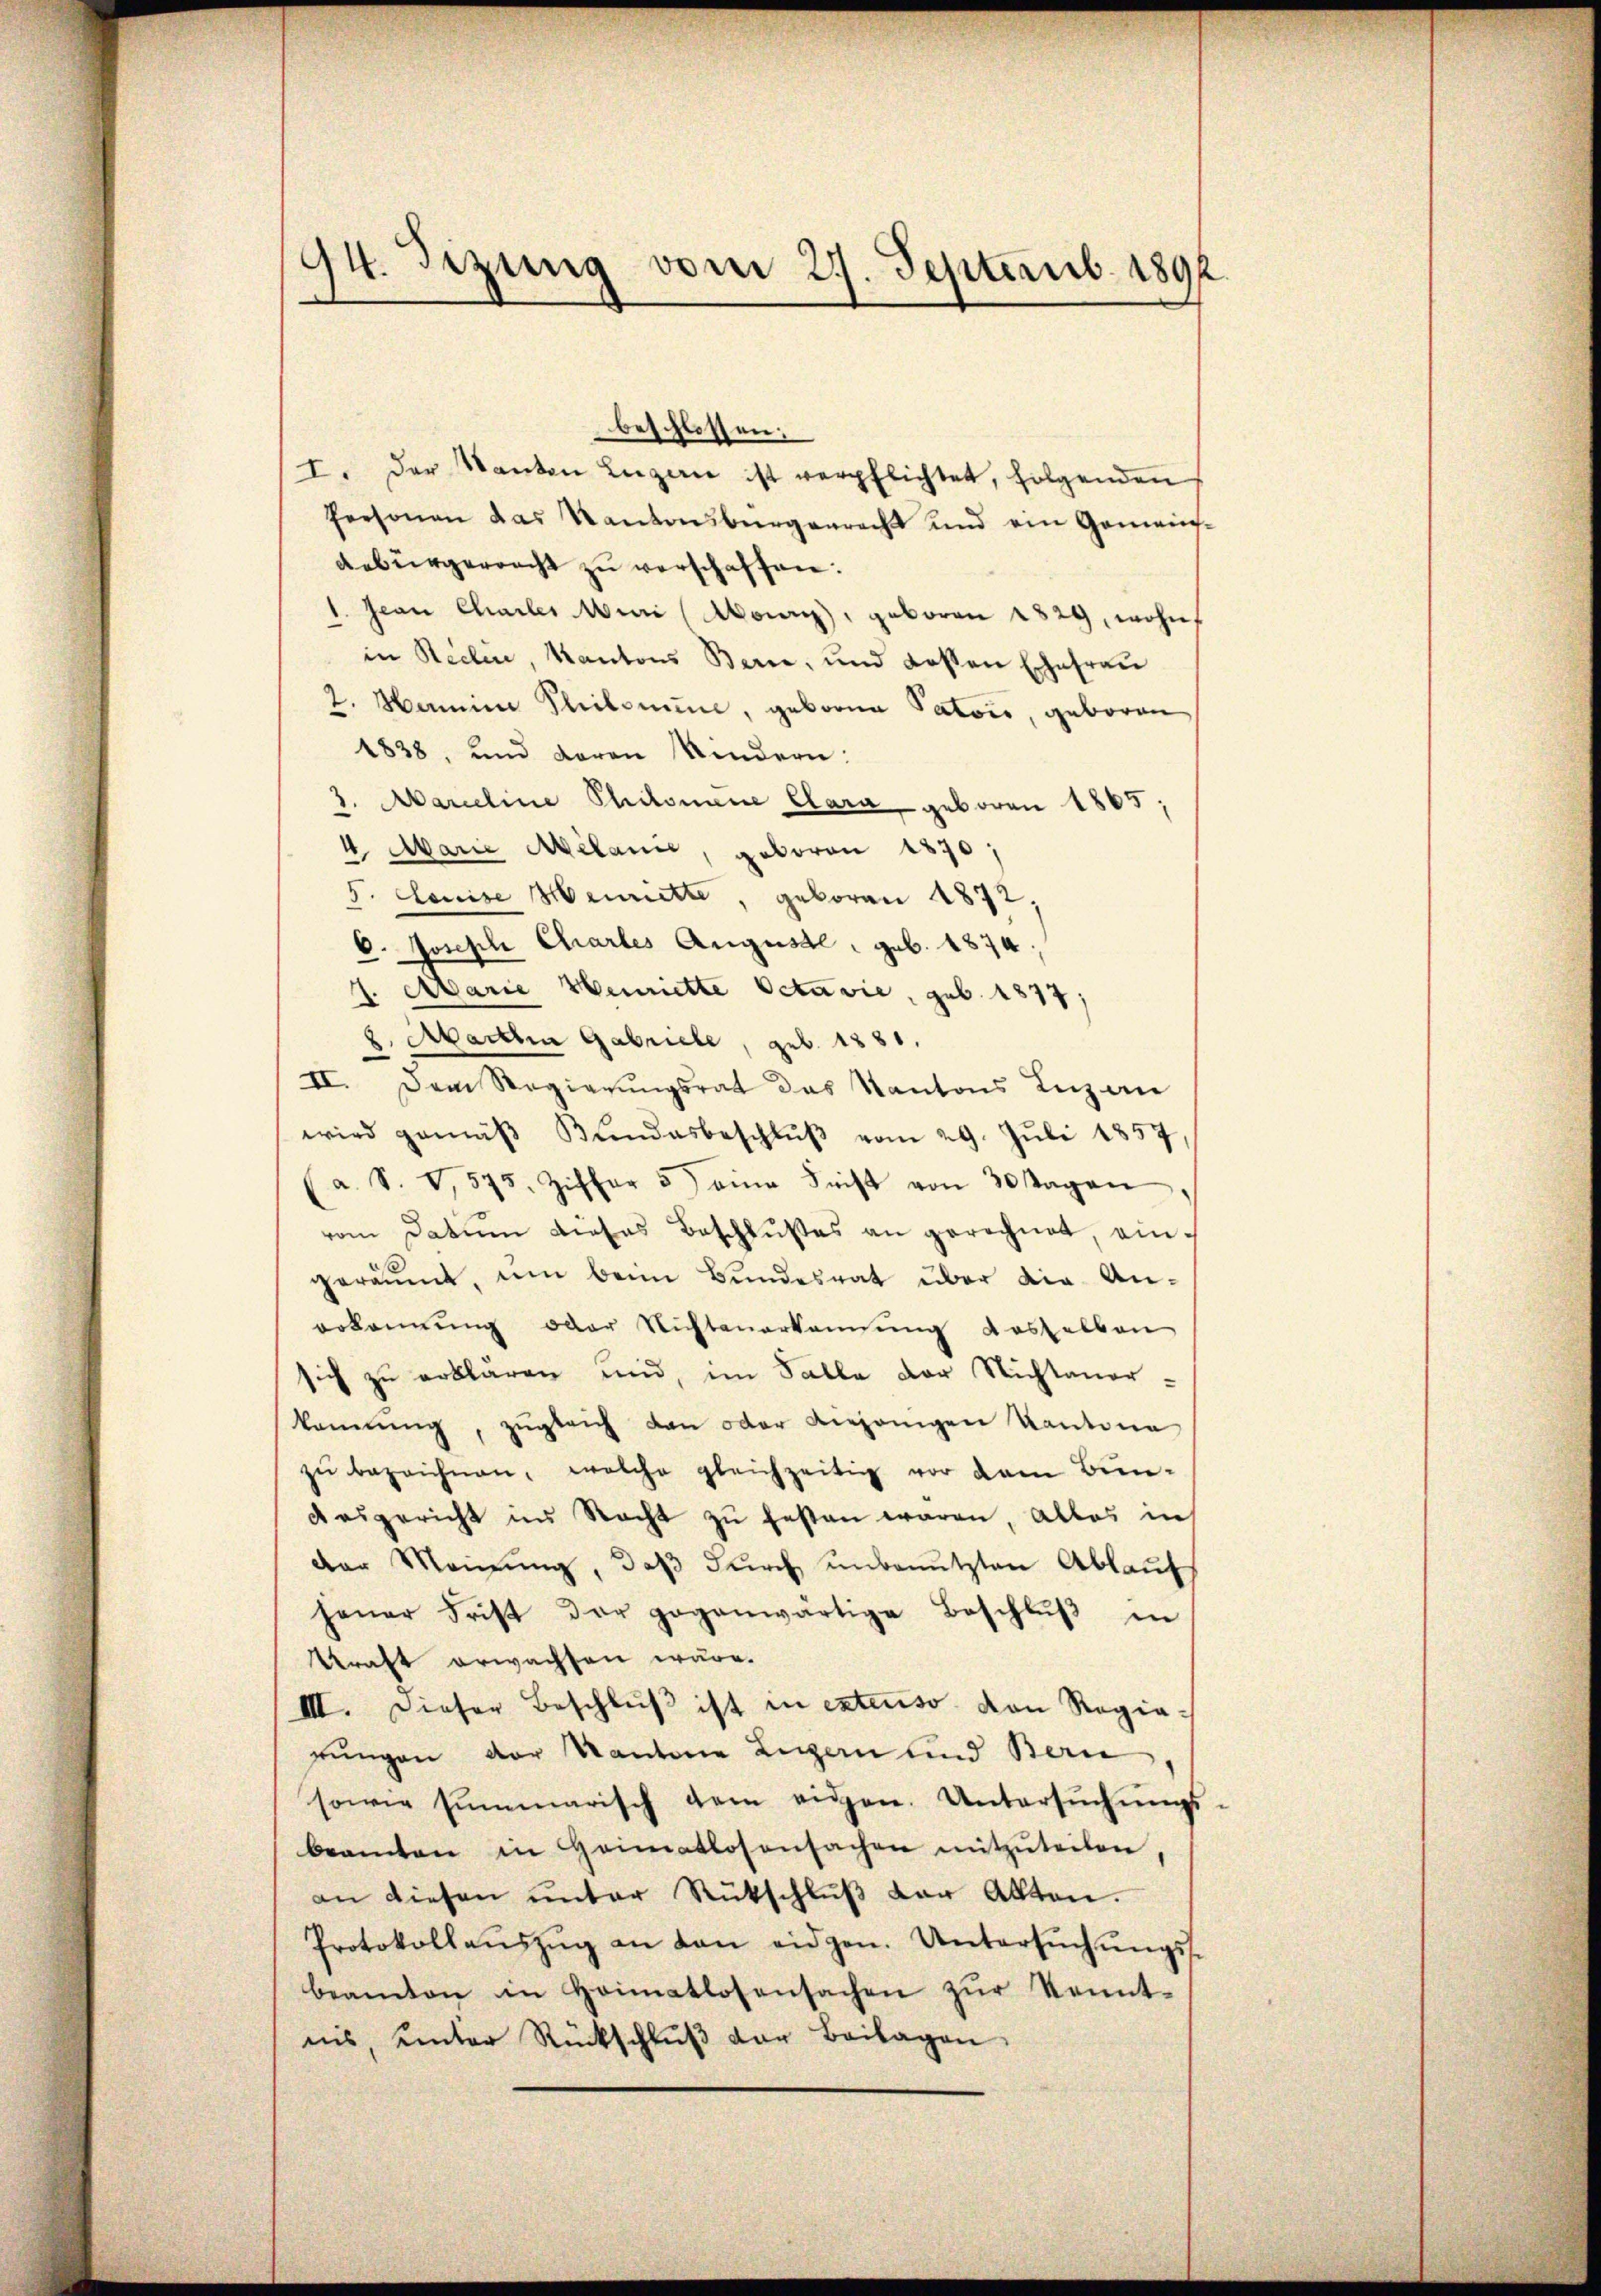
94. Seizung vom 27. Septemb. 1892.

beschlossen:
I. Der Kanton Luzern ist verpflichtet, folgenden
Personen das Kantonsbürgerrecht und ein Gemein-
debürgerracht zu verschaffen:
1. Jean Charler Mini (Monry), geboren 1829, wohnt
in Reclin, Kantons Bern, und dassen Ehefrau
2. Hennin Philomine, geborne Patois, geboren
1838, und daran Kindern:
1. Marieline Philomine Clara geboren 1865,
4. Marie Melann, geboren 1870;
5. Louise Weitte, geboren 1872,
C. Joseph Chartes Auguste, geb. 1874,
7. Marie Henriette Octavie, geb. 1877;
2. Abarten Gabriele, geb. 1881.
II. Dem Regierŭngsrat das Kantons Luzerne
wird gemäβ Bŭndesbeschlŭβ vom 29. Jŭli 1857
a. S. V, 575. Ziffer 5) eine Frist von 30 Tagen
vom Datum dieses Beschlußes an gerechnet, eingeräumt, um beim Bundesrat über die An-
erkennung oder Nichtenerkannung desselben
sich zu erklären und, im Falle der Nichtaner-
kannŭng, zŭgleich den oder Anzeigen Kantone
zŭ bezeichnen, welche gleichzeitig vor dem Bunaesgericht ins Recht zu festen waren alles in
der Meinung, daβ dŭrch unbenutzten Ablauf
jener Frist der gegenwärtige Beschlŭβ in
kraft erwachten wäre.
III. Dieser Beschlŭβ ist in extenso von Ragia-
rungen der Kantone Luzern und Bern
sowie summarisch dem eidgen. Untersŭchŭngs-
beamten in Heimatlosensachen mitzŭteilen
an diesen ŭnter Rückschlŭβ der Alten.
Protokollaŭszŭg an den eidgen. Untersŭchŭngs-
beamten in Heimatlosensachen zŭr Kennt-
nis, unter Rückschlŭβ der Beilagen